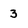
Character: 3